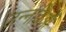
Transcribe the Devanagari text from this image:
उन्नतिओं